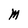
Character: M